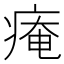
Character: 痷